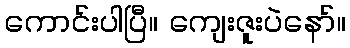
ကောင်းပါပြီ။ ကျေးဇူးပဲနော်။